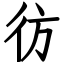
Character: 彷